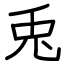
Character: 兎